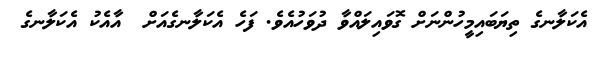
އެކަލާނގެ ތިޔަބައިމީހުންނަށް ގޮވައިލައްވާ ދުވަހުއެވެ. ފަހެ އެކަލާނގެއަށް  އާއެކު އެކަލާނގެ